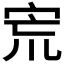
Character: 𡧽